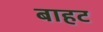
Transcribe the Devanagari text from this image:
बाहट